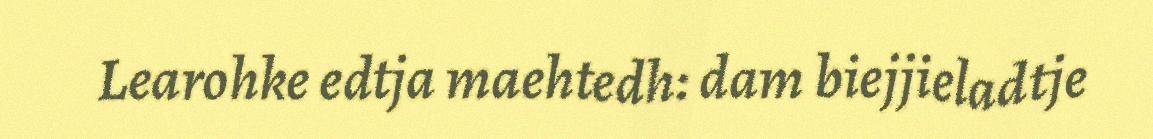
Learohke edtja maehtedh: dam biejjieladtje